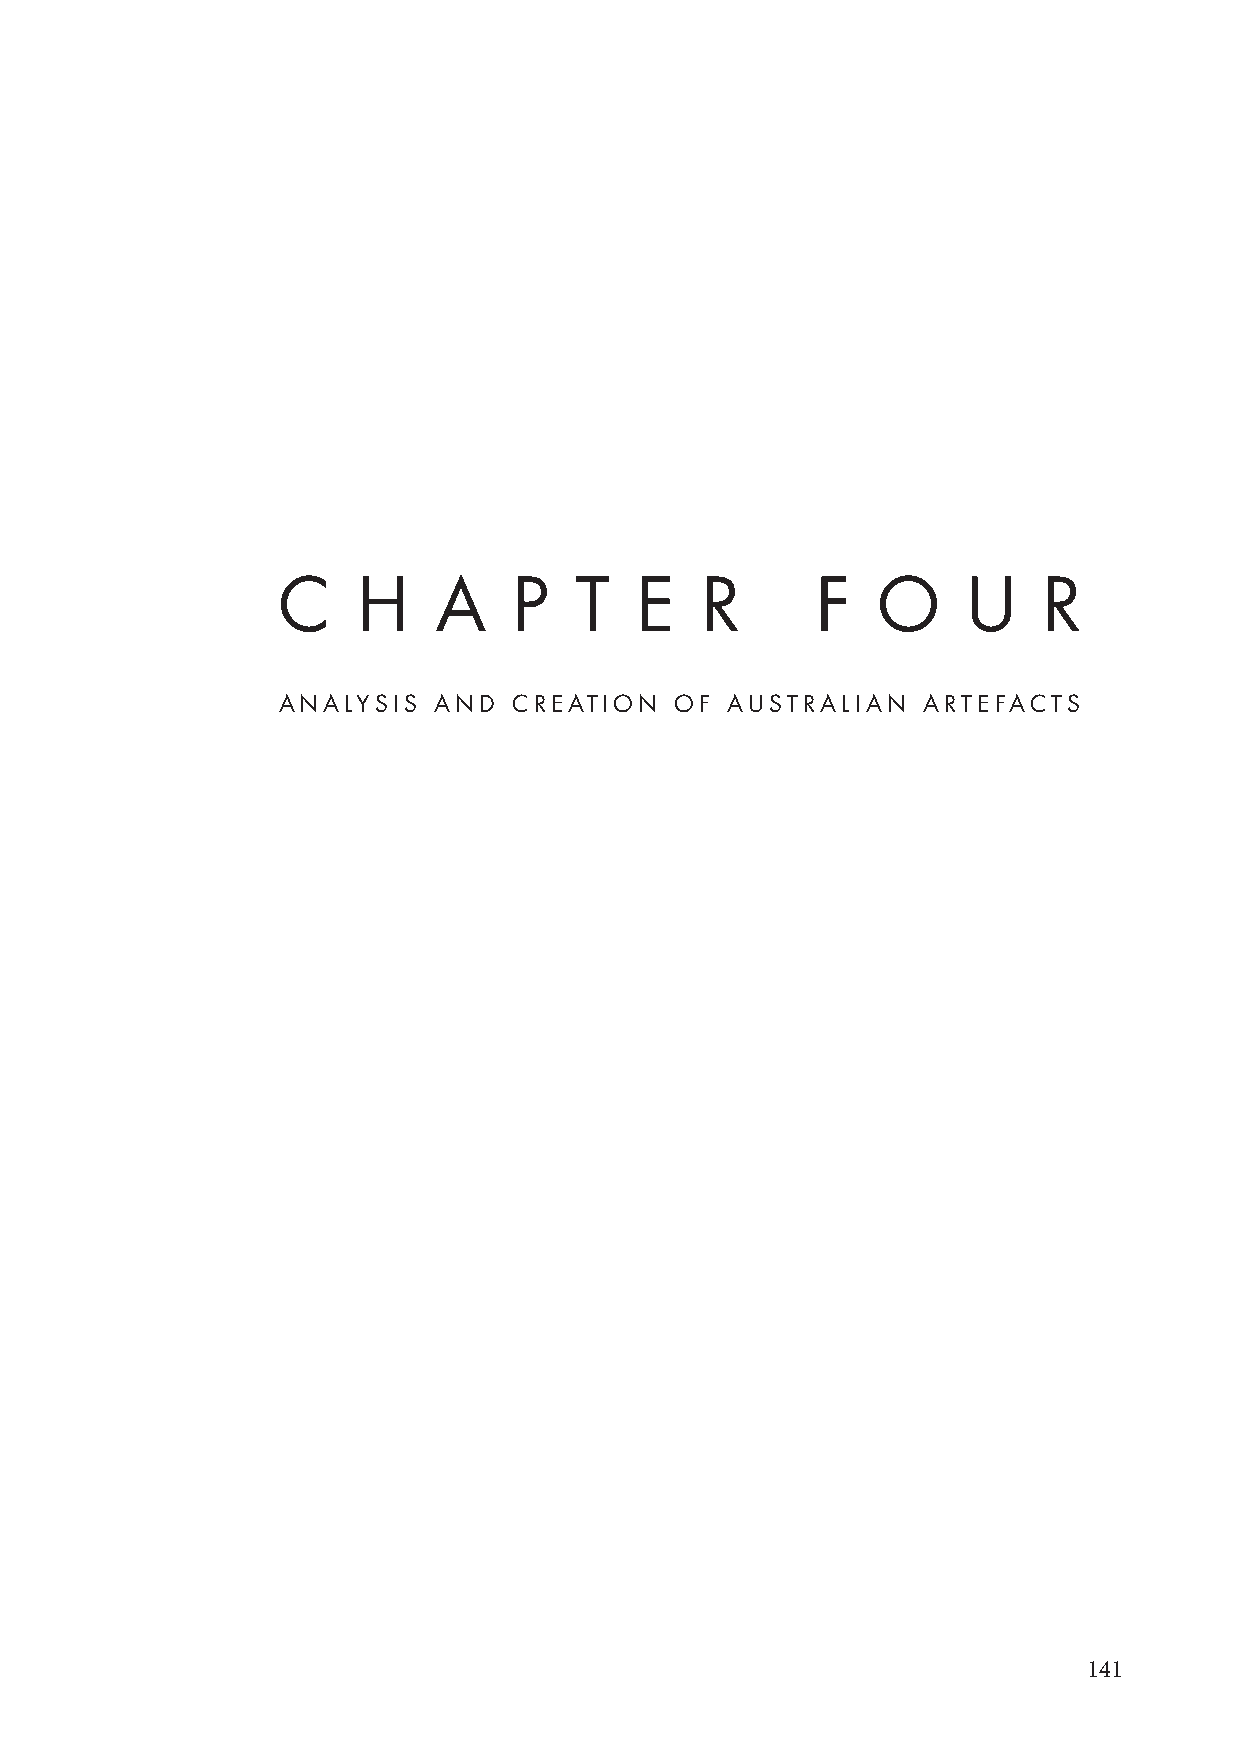
C     H    A    P   T   E   R       F   O     U    R
 ANALYSIS   AND  CREATION   OF AUSTRALIAN   ARTEFACTS
 141